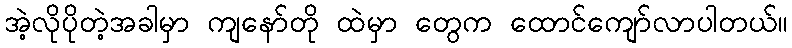
အဲ့လိုပိုတဲ့အခါမှာ ကျနော်တို ထဲမှာ တွေက ထောင်ကျော်လာပါတယ်။